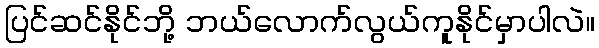
ပြင်ဆင်နိုင်ဘို့ ဘယ်လောက်လွယ်ကူနိုင်မှာပါလဲ။